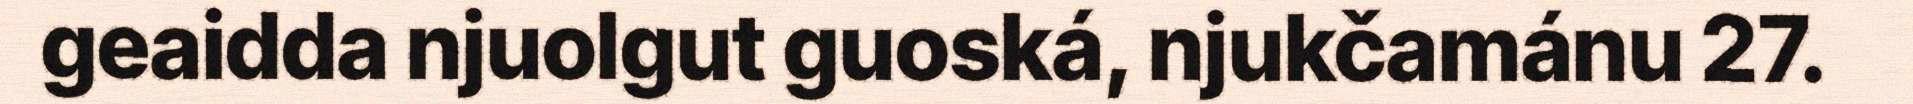
geaidda njuolgut guoská, njukčamánu 27.